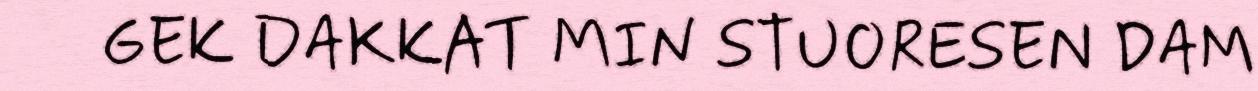
GEK DAKKAT MIN STUORESEN DAM